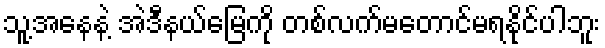
သူ့အနေနဲ့ အဲဒီနယ်မြေကို တစ်လက်မတောင်မရနိုင်ပါဘူး